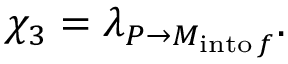
\chi _ { 3 } = \lambda _ { P \rightarrow M _ { \mathrm { i n t o \, } f } } .